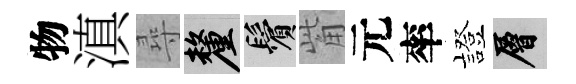
物滇尋厘鬢觜元率發層